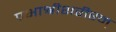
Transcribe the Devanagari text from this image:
प्रभाश्रीशरीरम्